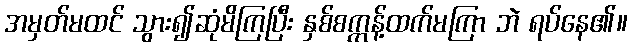
အမှတ်မထင် သွား၍ဆုံမိကြပြီး နှစ်စက္ကန့်ထက်မကြာ ဘဲ ရပ်နေ၏။